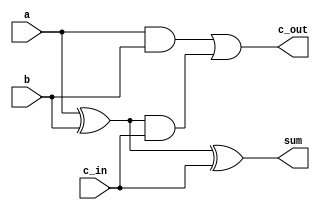
module one_adder(output sum, output c_out,input c_in,input a,input b);
wire d,e,f;

xor g1(d,a,b);
xor g2(sum,d,c_in);
and g3(e,a,b);
and g4(f,d,c_in);
or  g5(c_out,e,f);

endmodule







module four_adder(output [3:0] sum,output c_out,input c_in,input [3:0] a,input [3:0] b);
wire    [2:0]   temp;

one_adder e(sum[0],temp[0],c_in,a[0],b[0]);
one_adder f(sum[1],temp[1],temp[0],a[1],b[1]);
one_adder g(sum[2],temp[2],temp[1],a[2],b[2]);
one_adder h(sum[3],c_out,temp[2],a[3],b[3]);


endmodule